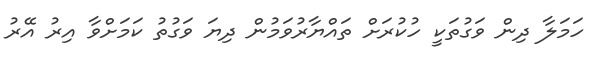
ހަމަލާ ދިން ވަގުތަކީ ހުކުރަށް ތައްޔާރުވަމުން ދިޔަ ވަގުތު ކަމަށްވާ އިރު އޭރު